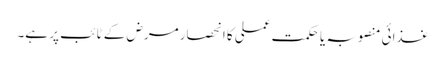
غذائی منصوبہ یا حکمت عملی کا انحصار مرض کے ٹائب پر ہے۔